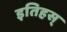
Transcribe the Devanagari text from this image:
इतिहस्